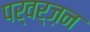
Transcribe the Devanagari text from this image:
पर्वर्ज़न